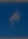
@